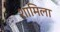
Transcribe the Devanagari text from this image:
शामिला